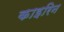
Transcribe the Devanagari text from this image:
काइरिन